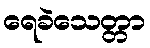
ရေခဲသေတ္တာ